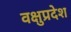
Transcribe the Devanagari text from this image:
वक्षुप्रदेश